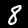
Digit: 8